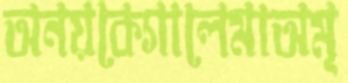
অনয়কেগালেমাঅমৃ